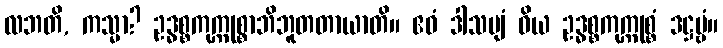
လဘတိ, ကသ္မာ? ဥဒ္ဓစ္စကုက္ကုစ္စာဘိဘူတတာယာတိ။ ဧဝံ ဒါသဗျံ ဝိယ ဥဒ္ဓစ္စကုက္ကုစ္စံ ဒဋ္ဌဗ္ဗံ။